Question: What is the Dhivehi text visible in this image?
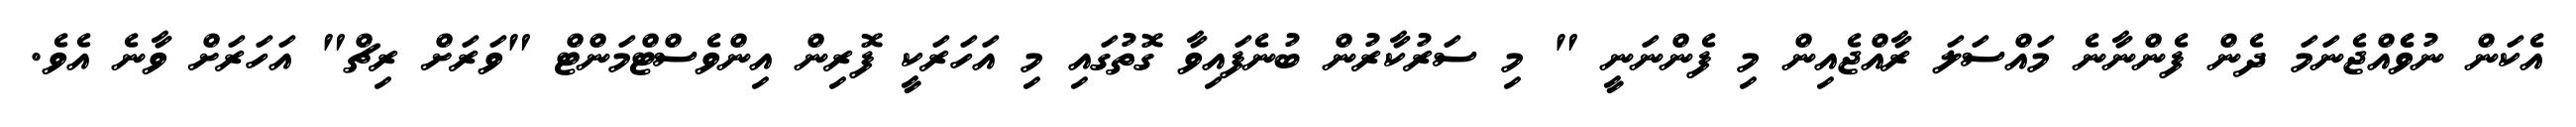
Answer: އެކަން ނުވެެއްޖެނަމަ ދެން ފެންނާނެ މައްސަލަ ރާއްޖެއިން މި ފެންނަނީ " މި ސަރުކާރުން ބުނެފައިވާ ގޮތުގައި މި އަހަރަކީ ފޮރިން އިންވެސްޓްމަންޓް "ވަރަށް ރިޗް" އަހަރަށް ވާނެ އެވެ.